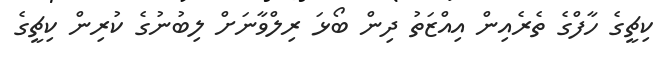
ކިޗީގެ ހާފްގެ ތެރެއިން އިއްޒަތު ދިން ބޯޅަ ރިލްވާނަށް ލިބުނުގެ ކުރިން ކިޗީގެ